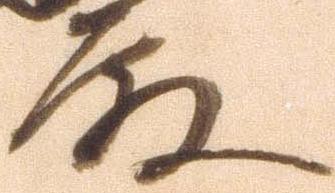
殿